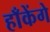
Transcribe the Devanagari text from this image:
हाँकेंगे